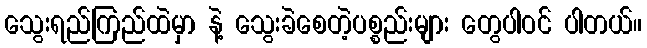
သွေးရည်ကြည်ထဲမှာ နဲ့ သွေးခဲစေတဲ့ပစ္စည်းများ တွေပါဝင် ပါတယ်။